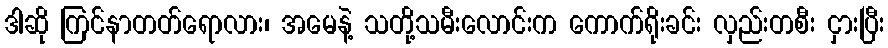
ဒါဆို ကြင်နာတတ်ရောလား၊ အမေနဲ့ သတို့သမီးလောင်းက ကောက်ရိုးခင်း လှည်းတစီး ငှားပြီး